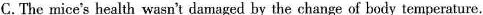
C.The mice's health wasn't damaged by the change of body temperature.